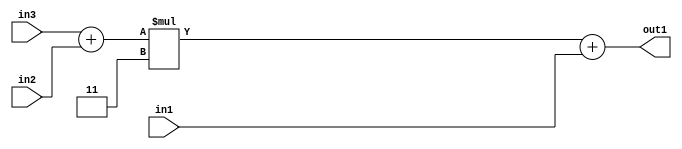
`timescale 1ps / 1ps
/*****************************************************************************
    Verilog RTL Description
    
    
    Created by: Stratus DpOpt 2019.1.01 
*******************************************************************************/

module GaussFilter_Add2u2Mul2i3Add2u2u2_4 (
	in3,
	in2,
	in1,
	out1
	); /* architecture "behavioural" */ 
input [1:0] in3,
	in2,
	in1;
output [4:0] out1;
wire [4:0] asc001;
wire [2:0] asc002;

assign asc002 = 
	+(in3)
	+(in2);

wire [4:0] asc001_tmp_0;
assign asc001_tmp_0 = 
	+(asc002 * 5'B00011);
assign asc001 = asc001_tmp_0
	+(in1);

assign out1 = asc001;
endmodule

/* CADENCE  uLbxQgk= : u9/ySgnWtBlWxVPRXgAZ4Og= ** DO NOT EDIT THIS LINE ******/